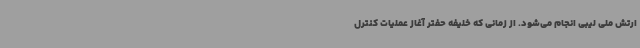
ارتش ملی لیبی انجام می‌شود. از زمانی که خلیفه حفتر آغاز عملیات کنترل